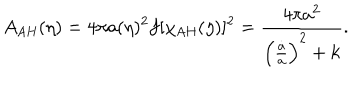
A _ { \mathrm { A H } } ( \eta ) = 4 \pi a ( \eta ) ^ { 2 } f [ \chi _ { \mathrm { A H } } ( \eta ) ] ^ { 2 } = { \frac { 4 \pi a ^ { 2 } } { \left( { \frac { \dot { a } } { a } } \right) ^ { 2 } + k } } .